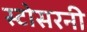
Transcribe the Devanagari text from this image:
स्टोसरनी